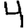
Digit: 4